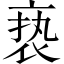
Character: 亵